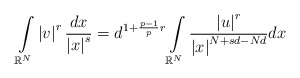
\begin{align*}\int\limits_{\mathbb{R}^{N}}\left\vert v\right\vert ^{r}\frac{dx}{\left\vert x\right\vert ^{s}}=d^{1+\frac{p-1}{p}r}\int\limits_{\mathbb{R}^{N}}\frac{\left\vert u\right\vert ^{r}}{\left\vert x\right\vert ^{N+sd-Nd}}dx\end{align*}